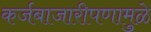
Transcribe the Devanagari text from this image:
कर्जबाजारीपणामुळे